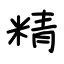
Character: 精